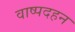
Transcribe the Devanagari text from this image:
वाष्पदहन